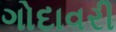
ગોદાવરી